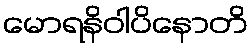
မောရနိဝါပိနောတိ